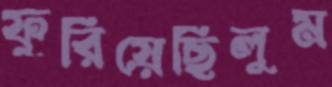
ফুরিয়েছিলুম